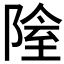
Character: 𨺴